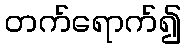
တက်ရောက်၍